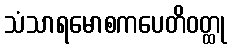
သံသာရမောစကပေတိဝတ္ထု